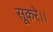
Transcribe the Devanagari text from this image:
सूकरे।।